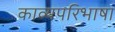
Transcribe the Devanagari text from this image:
काव्यपरिभाषा